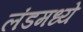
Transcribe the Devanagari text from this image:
लंडमध्ये